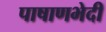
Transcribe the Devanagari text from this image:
पाषाणभेदी